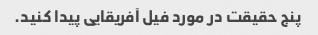
پنج حقیقت در مورد فیل آفریقایی پیدا کنید.